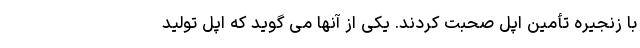
با زنجیره تأمین اپل صحبت کردند. یکی از آنها می گوید که اپل تولید